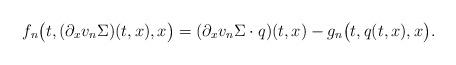
LaTeX: \begin{align*}&f_n\big(t, (\partial_xv_n\Sigma)(t, x),x \big) = (\partial_xv_n\Sigma\cdot q)(t,x) - g_n\big(t, q(t,x),x\big).\end{align*}